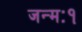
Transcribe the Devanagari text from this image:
जन्मः१